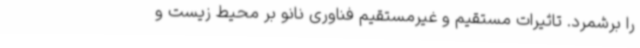
را برشمرد. تاثیرات مستقیم و غیرمستقیم فناوری نانو بر محیط زیست و